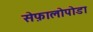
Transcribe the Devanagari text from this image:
सेफ़ालोपोडा